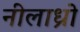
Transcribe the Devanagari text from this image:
नीलाध्रो